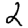
Digit: 2